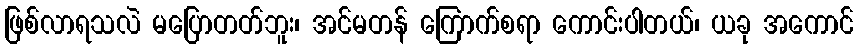
ဖြစ်လာရသလဲ မပြောတတ်ဘူး၊ အင်မတန် ကြောက်စရာ ကောင်းပါတယ်၊ ယခု အကောင်